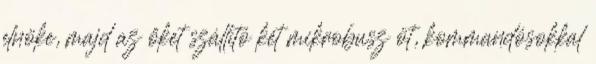
elnöke, majd az őket szállító két mikrobusz öt, kommandósokkal